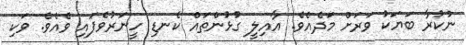
ނުކުރާ ބަޔަކު ވަރަށް މަދެއެވެ. އާއިލީ ގުޅުންތައް ކެނޑި ހީނަރުވެފައި ވެއެވެ. ވަކި